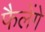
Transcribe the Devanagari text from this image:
फैलेंगे